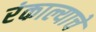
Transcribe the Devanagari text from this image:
रंकाल्याचे